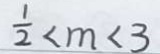
\frac { 1 } { 2 } < m < 3